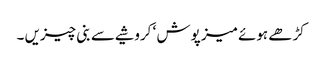
کڑھے ہوئے میز پوش ‘ کروشیے سے بنی چیزیں ۔